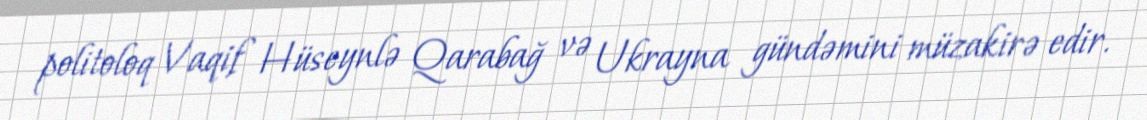
politoloq Vaqif Hüseynlə Qarabağ və Ukrayna gündəmini müzakirə edir.